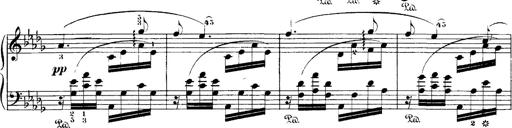
Title: Hungarian Rhapsody No.1
Composer: Franz Liszt
Key: C-sharp minor